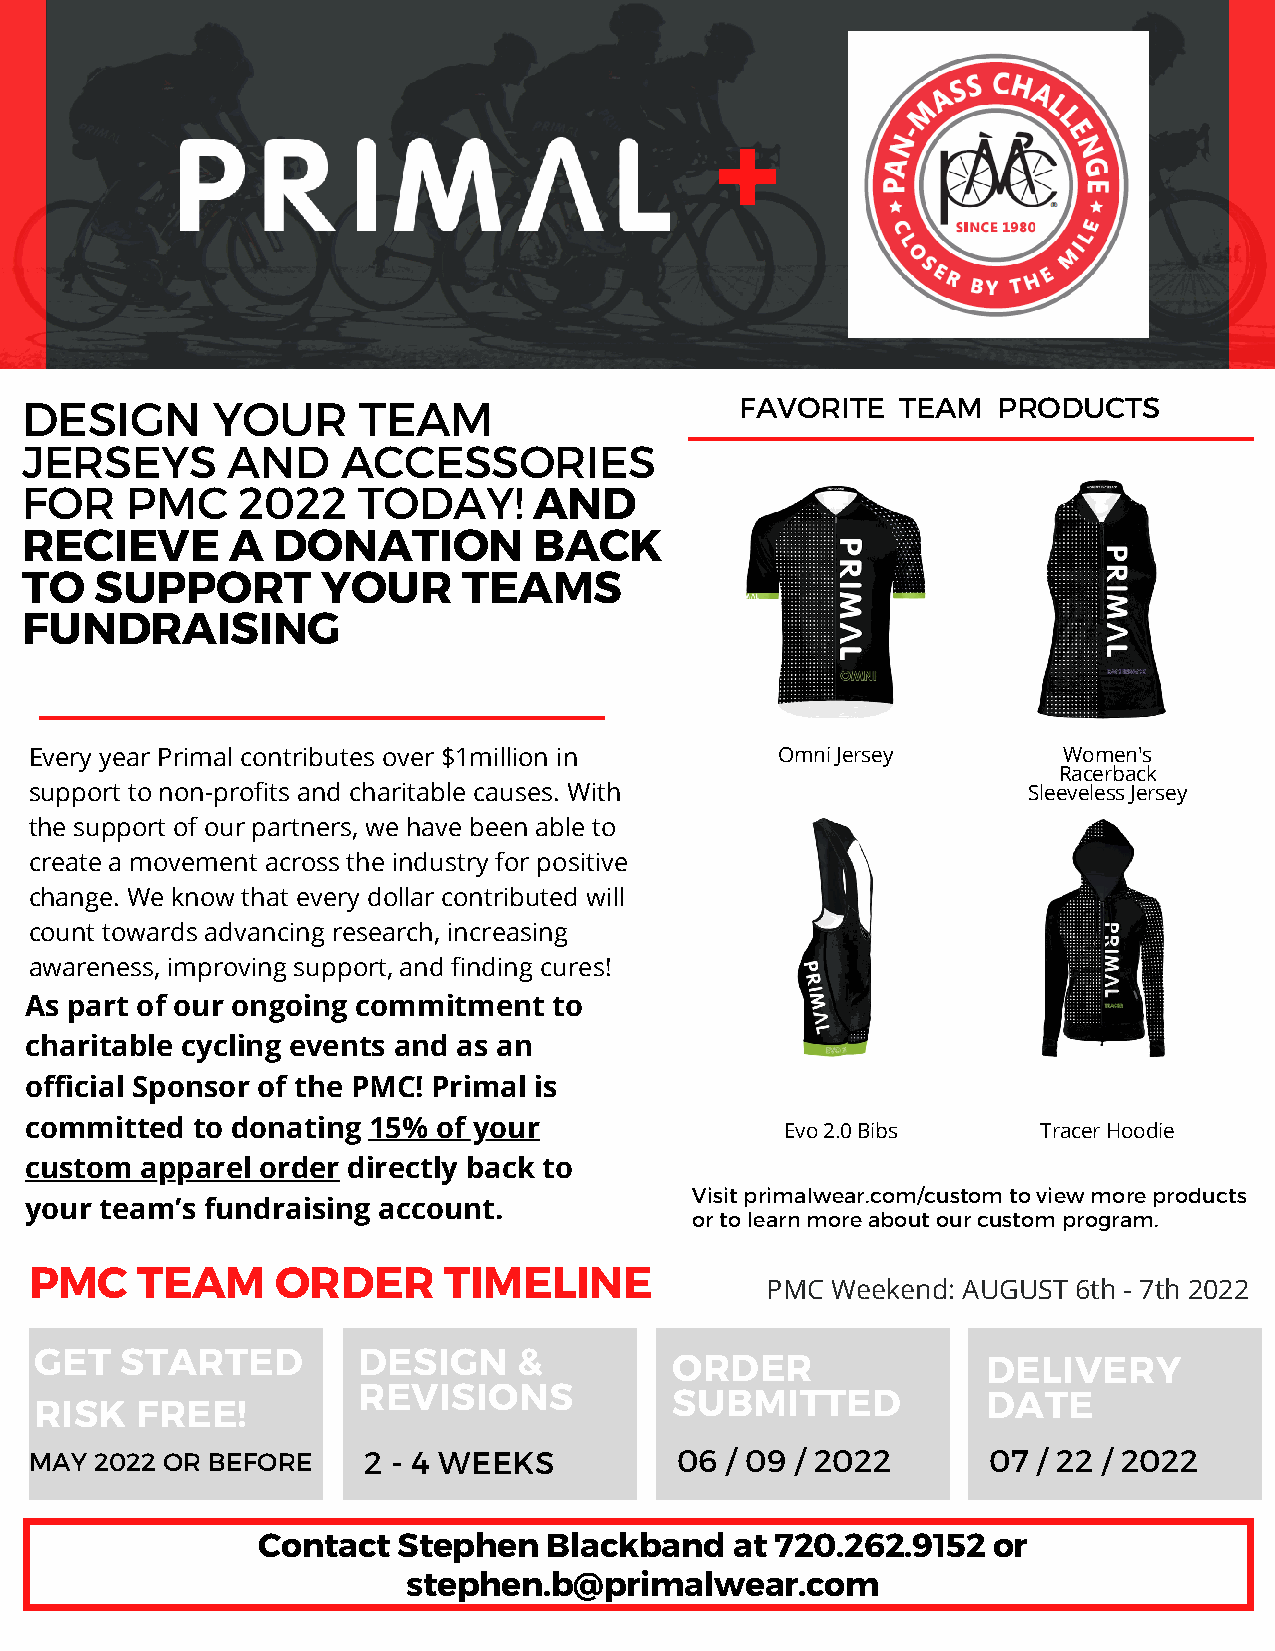
+
 DESIGN       YOUR      TEAM                     FAVORITE   TEAM  PRODUCTS
 JERSEYS       AND     ACCESSORIES
 FOR    PMC     2022    TODAY!     AND
 RECIEVE       A  DONATION         BACK
 TO   SUPPORT        YOUR      TEAMS
 FUNDRAISING
 Every year Primal contributes over $1million in   Omni Jersey       Women's
 Racerback
 support to non-profits and charitable causes. With                Sleeveless Jersey
 the support of our partners, we have been able to
 create a movement across the industry for positive
 change. We know that every dollar contributed will
 count towards advancing research, increasing
 awareness, improving support, and finding cures!
 As part of our ongoing commitment  to
 charitable cycling events and as an
 official Sponsor of the PMC! Primal is
 committed  to donating 15% of your                Evo 2.0 Bibs     Tracer Hoodie
 custom apparel order directly back to
 Visit primalwear.com/custom to view more products
 your team’s fundraising account.
 or to learn more about our custom program.
 PMC    TEAM     ORDER      TIMELINE
 PMC Weekend: AUGUST 6th - 7th 2022
 GET   STARTED         DESIGN    &          ORDER               DELIVERY
 REVISIONS            SUBMITTED           DATE
 RISK   FREE!
 MAY 2022 OR BEFORE    2 - 4 WEEKS          06 / 09 / 2022      07  / 22 / 2022
 Contact  Stephen   Blackband    at 720.262.9152  or
 stephen.b@primalwear.com